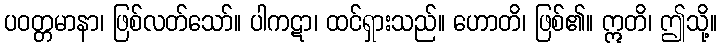
ပဝတ္တမာနာ၊ ဖြစ်လတ်သော်။ ပါကဋာ၊ ထင်ရှားသည်။ ဟောတိ၊ ဖြစ်၏။ ဣတိ၊ ဤသို့။